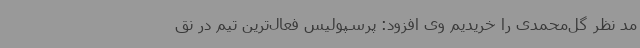
مد نظر گل‌محمدی را خریدیم وی افزود: پرسپولیس‌ فعال‌ترین تیم در نق